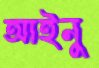
আইনু